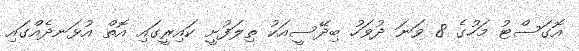
އޮގަސްޓު މަހުގެ 8 ވަނަ ދުވަހު ބިދޭސީއަކު ތިލަފުށީ ކައިރީގައި އޮތް އުޅަނދެއްގައި